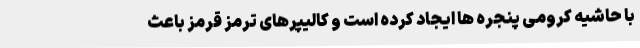
با حاشیه کرومی پنجره ها ایجاد کرده است و کالیپرهای ترمز قرمز باعث